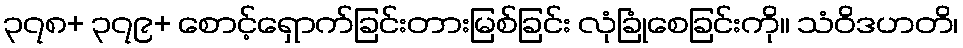
၃၇၈+ ၃၇၉+ စောင့်ရှောက်ခြင်းတားမြစ်ခြင်း လုံခြုံစေခြင်းကို။ သံဝိဒဟတိ၊